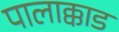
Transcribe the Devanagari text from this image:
पालाक्काड